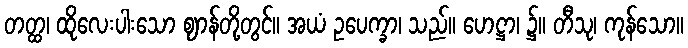
တတ္ထ၊ ထိုလေးပါးသော ဈာန်တို့တွင်။ အယံ ဥပေက္ခာ၊ သည်။ ဟေဋ္ဌာ၊ ၌။ တီသု၊ ကုန်သော။